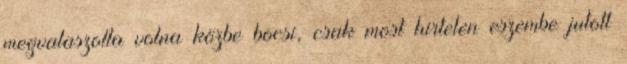
megvalaszolta volna közbe bocsi, csak most hirtelen eszembe jutott